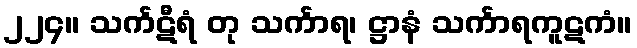
၂၂၄။ သင်္ကဋီရံ တု သင်္ကာရ၊ ဋ္ဌာနံ သင်္ကာရကူဋကံ။